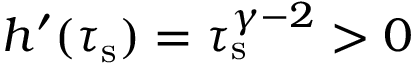
h ^ { \prime } ( \tau _ { \mathrm { s } } ) = \tau _ { \mathrm { s } } ^ { \gamma - 2 } > 0